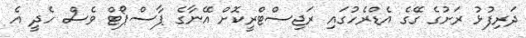
ދަރިފުޅު ރަށުގެ ގޭގެ އެޑްރެހުގައި ރަޖިސްޓްރީކޮށް އޭނާގެ ޕާސްޕޯޓް ވެސް ހެދީ އެ